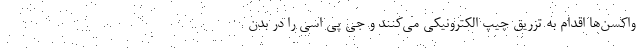
واکسن‌ها اقدام به تزریق چیپ الکترونیکی می‌کنند و جی پی اسی را در بدن